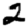
Digit: 2